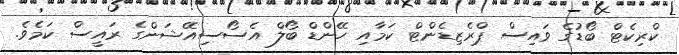
ކްރިކެޓް ބޯޑުގެ ވައިސް ޕްރެޒިޑެންޓް ކަމާއި ހޭންޑް ބޯލް އެސޯސިއޭޝަންގެ ރައީސް ކަމެވެ.